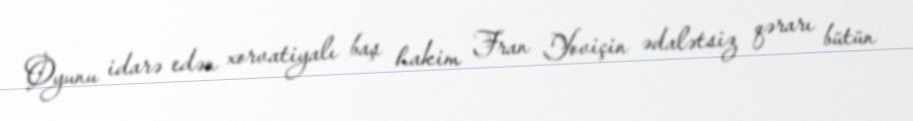
Oyunu idarə edən xorvatiyalı baş hakim Fran Yoviçin ədalətsiz qərarı bütün